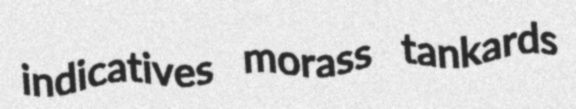
indicatives morass tankards